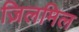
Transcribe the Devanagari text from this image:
ज़िलमिल